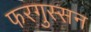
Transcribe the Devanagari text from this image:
फरगुस्सन